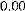
0.00